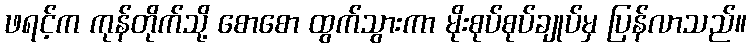
ဖရင့်က ကုန်တိုက်သို့ စောစော ထွက်သွားကာ မိုးစုပ်စုပ်ချုပ်မှ ပြန်လာသည်။